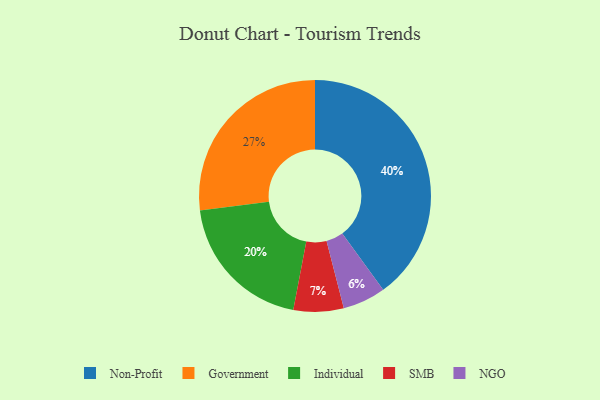
{"axis": {"x": "Category", "y": "Percentage"}, "legend": ["Government", "Individual", "NGO", "Non-Profit", "SMB"], "data": [{"x": "Government", "y": 27, "type": "Government"}, {"x": "SMB", "y": 7, "type": "SMB"}, {"x": "NGO", "y": 6, "type": "NGO"}, {"x": "Non-Profit", "y": 40, "type": "Non-Profit"}, {"x": "Individual", "y": 20, "type": "Individual"}]}